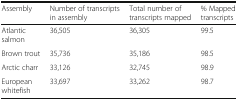
<table><thead><tr><td><b>Assembly</b></td><td><b>Number of transcripts in assembly</b></td><td><b>Total number of transcripts mapped</b></td><td><b>% Mapped transcripts</b></td></tr></thead><tbody><tr><td>Atlantic salmon</td><td>36,505</td><td>36,305</td><td>99.5</td></tr><tr><td>Brown trout</td><td>35,736</td><td>35,186</td><td>98.5</td></tr><tr><td>Arctic charr</td><td>33,126</td><td>32,745</td><td>98.9</td></tr><tr><td>European whitefish</td><td>33,697</td><td>33,262</td><td>98.7</td></tr></tbody></table>